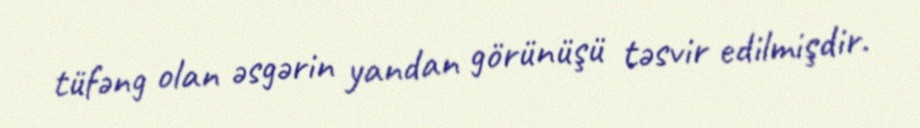
tüfəng olan əsgərin yandan görünüşü təsvir edilmişdir.